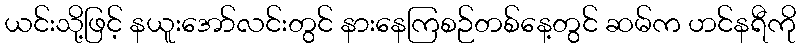
ယင်းသို့ဖြင့် နယူးအော်လင်းတွင် နားနေကြစဉ်တစ်နေ့တွင် ဆမ်က ဟင်နရီကို